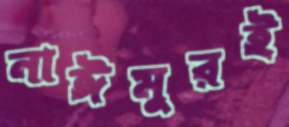
নাঈমুরই